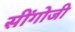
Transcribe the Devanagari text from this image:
सींगोजी